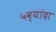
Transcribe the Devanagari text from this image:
५व्यांदा